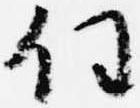
任